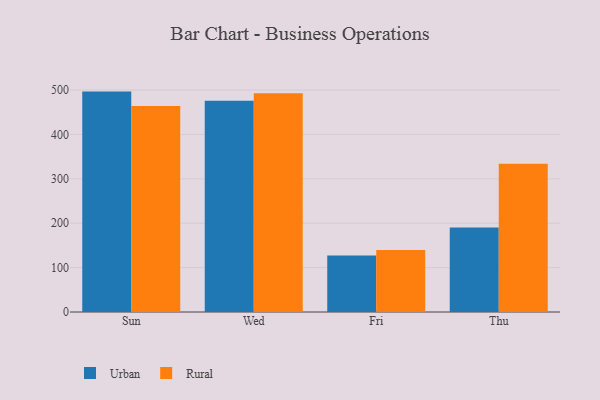
{"axis": {"x": "Day", "y": "Shipments"}, "legend": ["Rural", "Urban"], "data": [{"x": "Sun", "y": 496.5, "type": "Urban"}, {"x": "Sun", "y": 464.0, "type": "Rural"}, {"x": "Wed", "y": 476.0, "type": "Urban"}, {"x": "Wed", "y": 492.6, "type": "Rural"}, {"x": "Fri", "y": 127.0, "type": "Urban"}, {"x": "Fri", "y": 139.6, "type": "Rural"}, {"x": "Thu", "y": 190.4, "type": "Urban"}, {"x": "Thu", "y": 333.8, "type": "Rural"}]}